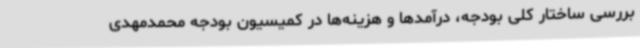
بررسی ساختار کلی بودجه، درآمدها و هزینه‌ها در کمیسیون بودجه محمدمهدی